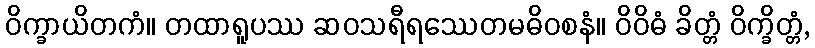
ဝိက္ခာယိတကံ။ တထာရူပဿ ဆဝသရီရဿေတမဓိဝစနံ။ ဝိဝိဓံ ခိတ္တံ ဝိက္ခိတ္တံ,